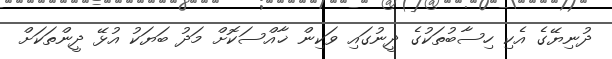
ދުނިޔޭގެ އެކި ހިސާބުތަކުގެ ދީނުގައި ވަކިން ޚާއްސަކޮށް މަދު ބަޔަކު އުޅޭ ދީންތަކަށް